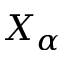
X _ { \alpha }